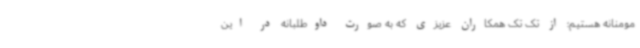
مومنانه هستیم؛ از تک تک همکاران عزیزی که به صورت داوطلبانه در این